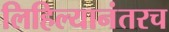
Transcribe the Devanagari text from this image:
लिहिल्यानंतरच